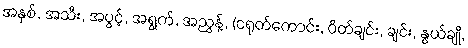
အနှစ်, အသီး, အပွင့်, အရွက်, အညွန့်, (ငရုတ်ကောင်း, ပိတ်ချင်း, ချင်း, နွယ်ချို,